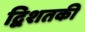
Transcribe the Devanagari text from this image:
द्विशतकी